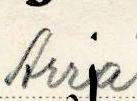
Arra